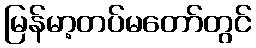
မြန်မာ့တပ်မတော်တွင်